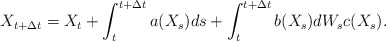
\begin{align*}X_{t+\Delta t}=X_t + \int_t^{t+\Delta t}a(X_s)ds +\int_t^{t+\Delta t}b(X_s)dW_sc(X_s).\end{align*}